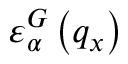
\varepsilon _ { \alpha } ^ { G } \left( { { q } _ { x } } \right)